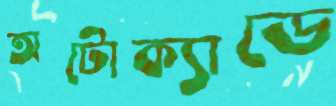
অটোক্যাডে